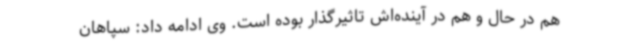
هم در حال و هم در آینده‌اش تاثیرگذار بوده است. وی ادامه داد: سپاهان